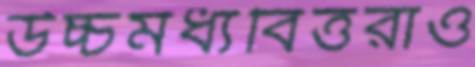
উচ্চমধ্যবিত্তরাও